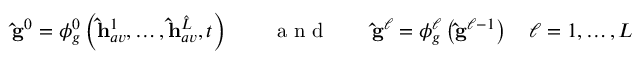
\mathbf { \hat { g } } ^ { 0 } = \phi _ { g } ^ { 0 } \left( \mathbf { \hat { h } } _ { a v } ^ { 1 } , \dots , \mathbf { \hat { h } } _ { a v } ^ { \hat { L } } , t \right) \qquad \mathrm { ~ a ~ n ~ d ~ } \qquad \mathbf { \hat { g } } ^ { \ell } = \phi _ { g } ^ { \ell } \left( \mathbf { \hat { g } } ^ { \ell - 1 } \right) \quad \ell = 1 , \dots , L